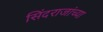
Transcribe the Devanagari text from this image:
सिंदराजांच्या